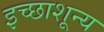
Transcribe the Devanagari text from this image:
इच्छाशून्य